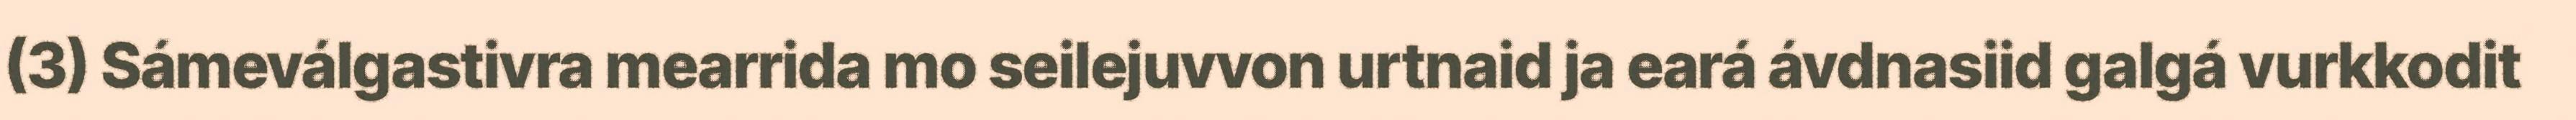
(3) Sámeválgastivra mearrida mo seilejuvvon urtnaid ja eará ávdnasiid galgá vurkkodit